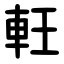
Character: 軖